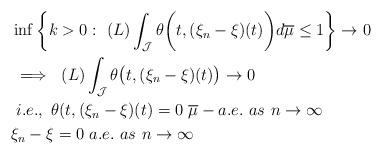
LaTeX: \begin{align*}&\inf\bigg\{k>0:~(L)\int_{\mathcal{J}}\theta\bigg(t, (\xi_n-\xi)(t)\bigg)d \overline{\mu} \leq 1\bigg\} \to 0\\ & \implies ~(L)\int_{\mathcal{J}}\theta\big(t, (\xi_n-\xi)(t)\big) \to 0\\& ~i.e.,~\theta(t, (\xi_n-\xi)(t)=0~\overline{\mu}-a.e.~as~n \to \infty\\&\xi_n-\xi=0~a.e.~as~n \to \infty \end{align*}